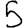
Digit: 5